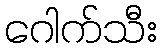
ဂေါက်သီး